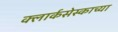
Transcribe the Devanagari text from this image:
क्लार्कसेस्काच्या